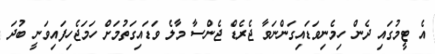
އެ ޓީމުގައި ދެން ހިމެނިވަޑައިގަންނަވާ ޖެރެޑް ޖެންސާ މާލެ ވަޑައިގަތުމަށް ހަމަޖެހިފައިވަނީ ބުދަ